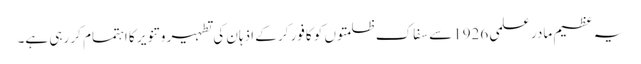
یہ عظیم مادر علمی 1926سے سفاک ظلمتوں کو کافور کر کے اذہان کی تطہیر و تنویر کا اہتمام کر رہی ہے۔